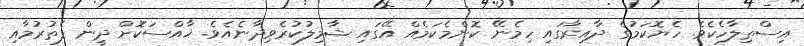
އިސްޠިލާހެކެވެ. ހެޔޮކަމުގެ ދާއިރާގައި ހިމެނޭ ކޮންމެކަމެއް އޭގައި ޝާމިލުކުރެވިދާނެއެވެ. ޚާއްސަކޮށް ދީން ފެތުރުމާއި